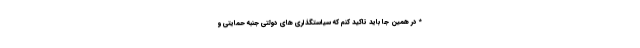
* در همین جا باید تاکید کنم که سیاستگذاری های دولتی جنبه حمایتی و